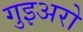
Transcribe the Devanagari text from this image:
गुइअरो